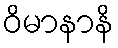
ဝိမာနာနိ